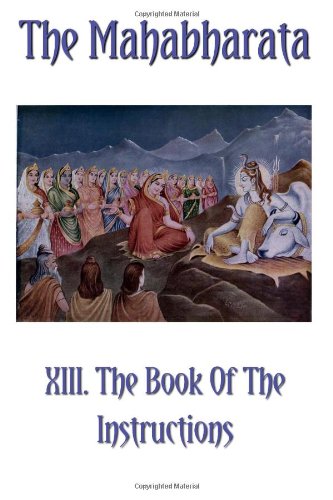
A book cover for The Mahabharata Book XIII: The Book Of The Instructions (Volume 11); Krishna Dwaipayana Vyasa; Religion & Spirituality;